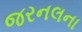
જરનલના